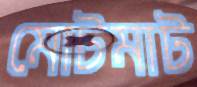
মোটমাট